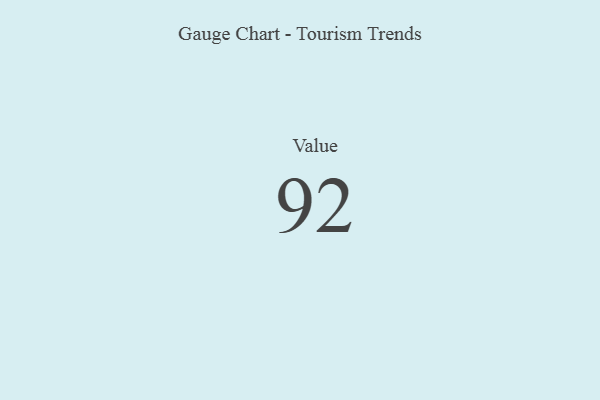
{"axis": {"x": "Metric", "y": "Value"}, "legend": [""], "data": [{"x": "Value", "y": 92, "type": ""}]}